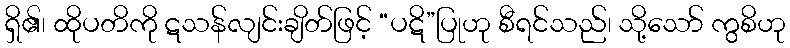
ရှိ၏၊ ထိုပတိကို ဋသန်လျင်းချိတ်ဖြင့် “ပဋိ”ပြုဟု စီရင်သည်၊ သို့သော် ကွစိဟု